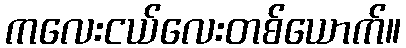
ကလေးငယ်လေးတစ်ယောက်။